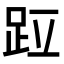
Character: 𫏁